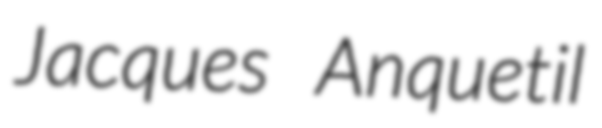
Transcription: Jacques Anquetil